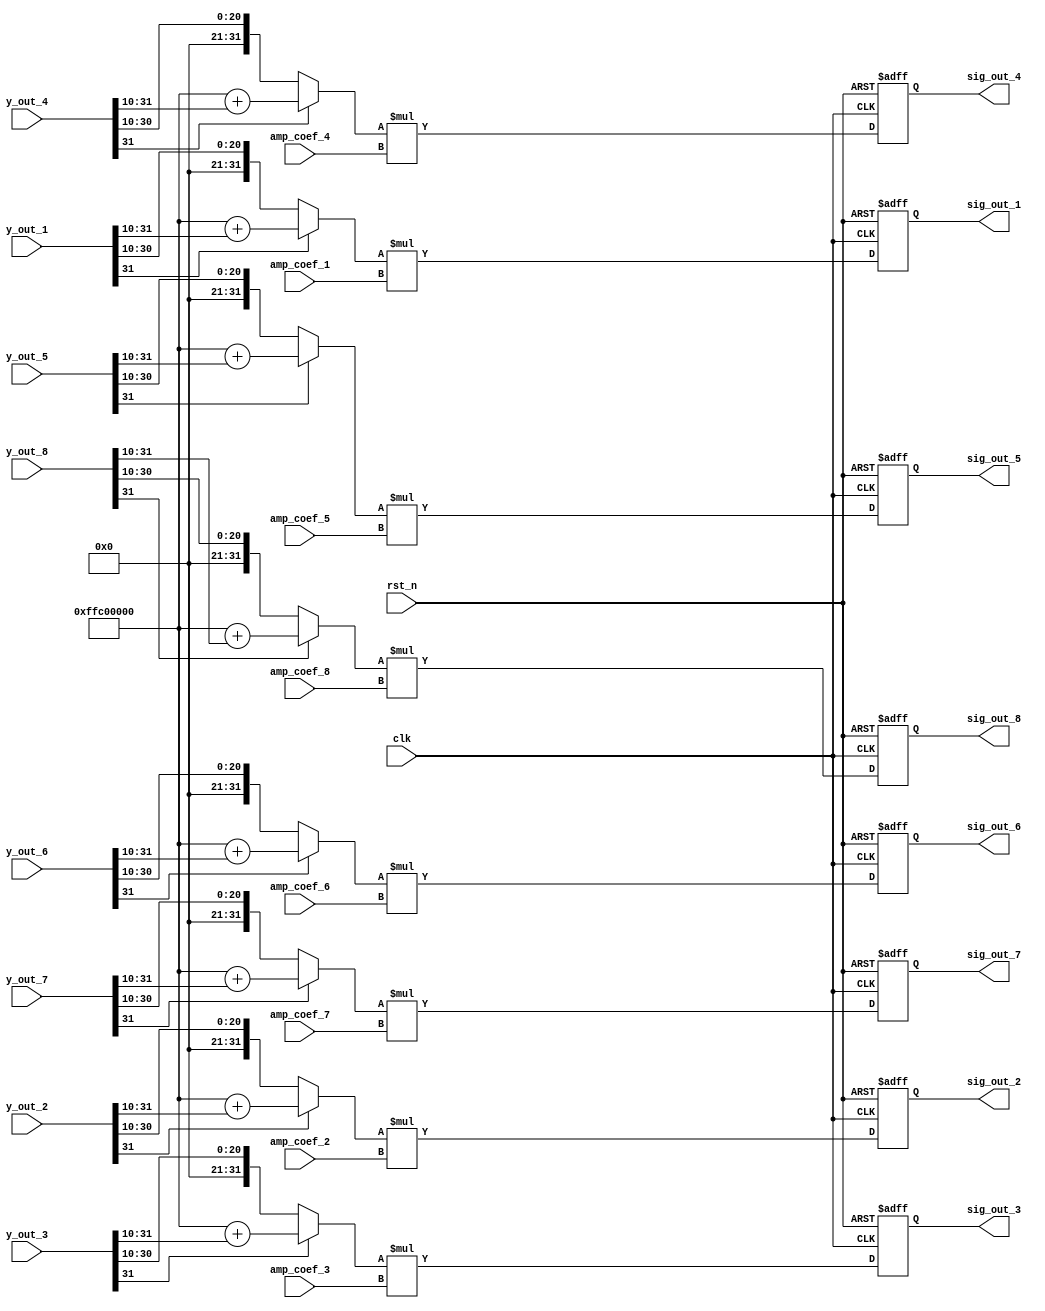
module Amplifier (
    input clk, rst_n,
    input [0:31] y_out_1, y_out_2, y_out_3, y_out_4, y_out_5, y_out_6, y_out_7, y_out_8,
    input [0:2] amp_coef_1, amp_coef_2, amp_coef_3, amp_coef_4, amp_coef_5, amp_coef_6, amp_coef_7, amp_coef_8,
    output reg [0:15] sig_out_1, sig_out_2, sig_out_3, sig_out_4, sig_out_5, sig_out_6, sig_out_7, sig_out_8
);
    reg [0:31] sig_tmp_1, sig_tmp_2, sig_tmp_3, sig_tmp_4, sig_tmp_5, sig_tmp_6, sig_tmp_7, sig_tmp_8;
    // Scale xuống theo giá trị của hệ số bộ lọc đã nhân lên (2^10)
    assign sig_tmp_1 = (y_out_1[0] == 1'b1) ? (32'hFFC00000 + (y_out_1 >> 10)) : (y_out_1 >> 10);
    assign sig_tmp_2 = (y_out_2[0] == 1'b1) ? (32'hFFC00000 + (y_out_2 >> 10)) : (y_out_2 >> 10);
    assign sig_tmp_3 = (y_out_3[0] == 1'b1) ? (32'hFFC00000 + (y_out_3 >> 10)) : (y_out_3 >> 10);
    assign sig_tmp_4 = (y_out_4[0] == 1'b1) ? (32'hFFC00000 + (y_out_4 >> 10)) : (y_out_4 >> 10);
    assign sig_tmp_5 = (y_out_5[0] == 1'b1) ? (32'hFFC00000 + (y_out_5 >> 10)) : (y_out_5 >> 10);
    assign sig_tmp_6 = (y_out_6[0] == 1'b1) ? (32'hFFC00000 + (y_out_6 >> 10)) : (y_out_6 >> 10);
    assign sig_tmp_7 = (y_out_7[0] == 1'b1) ? (32'hFFC00000 + (y_out_7 >> 10)) : (y_out_7 >> 10);
    assign sig_tmp_8 = (y_out_8[0] == 1'b1) ? (32'hFFC00000 + (y_out_8 >> 10)) : (y_out_8 >> 10);
    // Nhân với hệ số khuếch đại
    always@(posedge clk or negedge rst_n) begin
        if(!rst_n) begin
            sig_out_1 <= 0;
            sig_out_2 <= 0;
            sig_out_3 <= 0;
            sig_out_4 <= 0;
            sig_out_5 <= 0;
            sig_out_6 <= 0;
            sig_out_7 <= 0;
            sig_out_8 <= 0;
        end
        else begin
            sig_out_1 <= sig_tmp_1 * amp_coef_1;
            sig_out_2 <= sig_tmp_2 * amp_coef_2;
            sig_out_3 <= sig_tmp_3 * amp_coef_3;
            sig_out_4 <= sig_tmp_4 * amp_coef_4;
            sig_out_5 <= sig_tmp_5 * amp_coef_5;
            sig_out_6 <= sig_tmp_6 * amp_coef_6;
            sig_out_7 <= sig_tmp_7 * amp_coef_7;
            sig_out_8 <= sig_tmp_8 * amp_coef_8;
        end
    end
endmodule